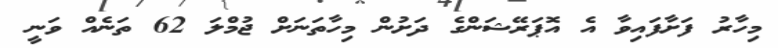
މިހާރު ފަށާފައިވާ އެ އޮޕަރޭޝަންގެ ދަށުން މިހާތަނަށް ޖުމްލަ 62 ތަނެއް ވަނީ